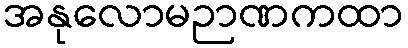
အနုလောမဉာဏကထာ